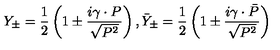
Y _ { \pm } = \frac 1 2 \left( 1 \pm \frac { i \gamma \cdot P } { \sqrt { P ^ { 2 } } } \right) , \bar { Y } _ { \pm } = \frac 1 2 \left( 1 \pm \frac { i \gamma \cdot \bar { P } } { \sqrt { P ^ { 2 } } } \right)